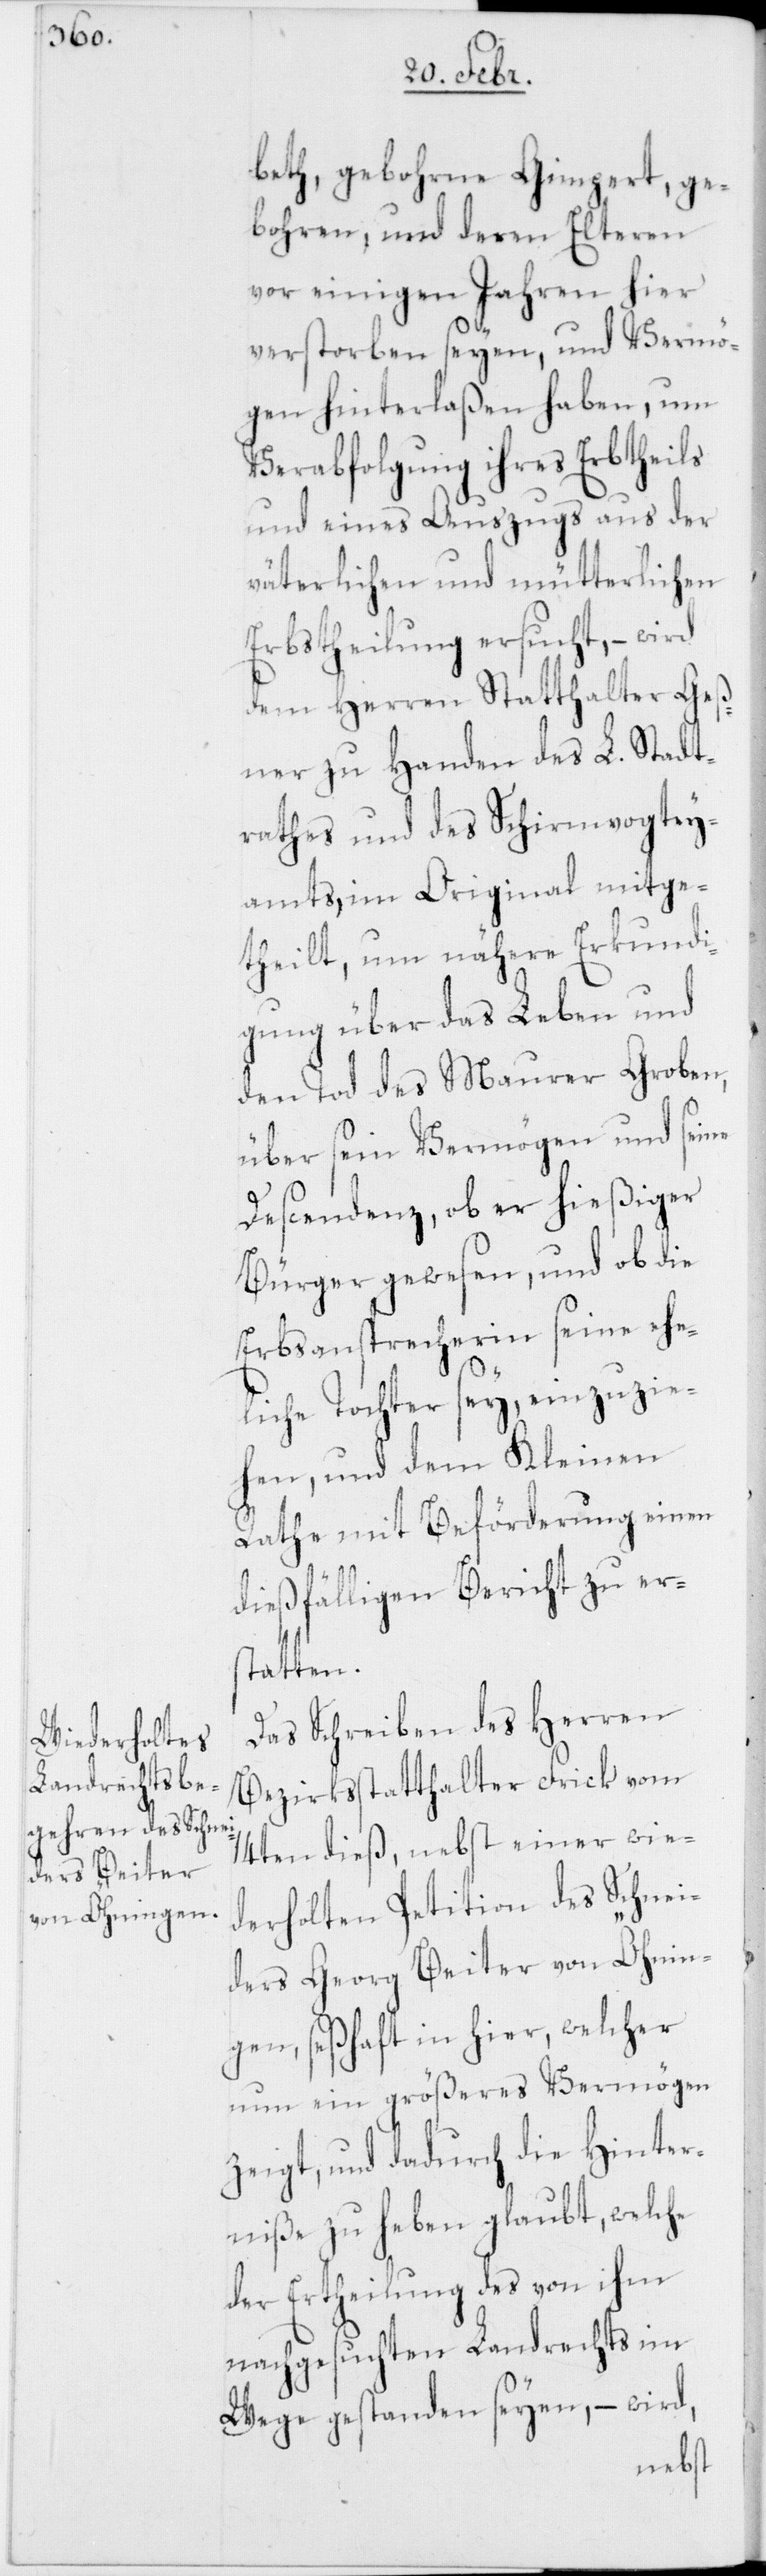
beth, gebohrene Gimpert, ge¬
bohren, und deren Elteren
vor einigen Jahren hier
verstorben seyen, und Vermö¬
gen hinterlaßen haben, um
Verabfolgung ihres Erbtheils
und eines Auszugs aus der
väterlichen und mütterlichen
Erbstheilung ersucht, – wird
dem Herren Statthalter Geß¬
ner zu Handen des L. Stadt¬
rathes und des Schirmvogtey¬
amts, im Original mitge¬
theilt, um nähere Erkundi¬
gung über das Leben und
den Tod des Maurer Groben,
über sein Vermögen und seine
Descendenz, ob er hießiger
Bürger gewesen, und ob die
Erbsansprecherin seine ehe¬
liche Tochter sey, einzuzie¬
hen, und dem Kleinen
Rathe mit Beförderung einen
dießfälligen Bericht zu ers¬
tatten.
Das Schreiben des Herren
Bezirksstatthalter Frick vom
14ten dieß, nebst einer wie¬
derholten Petition des Schnei¬
ders Georg Beiter von Öhnin¬
gen, seßhaft in hier, welcher
nun ein größeres Vermögen
zeigt, und dadurch die Hinter¬
niße zu heben glaubt, welche
der Ertheilung des von ihm
nachgesuchten Landrechts im
Wege gestanden seyen, – wird,